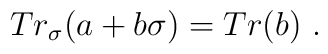
Tr_{\sigma}(a+b\sigma)=Tr(b) \ .